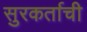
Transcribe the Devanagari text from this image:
सुरकर्ताची